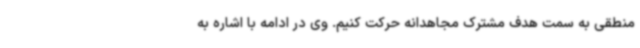
منطقی به سمت هدف مشترک مجاهدانه حرکت کنیم. وی در ادامه با اشاره به